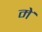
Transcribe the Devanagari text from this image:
मेॱ